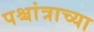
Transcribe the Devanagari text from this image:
पश्चांत्राच्या